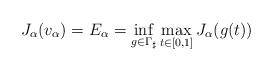
LaTeX: \begin{align*} J_\alpha (v_\alpha)= E_\alpha =\inf_{g \in \Gamma_\sharp} \max_{t \in [0,1]} J_\alpha (g(t))\end{align*}